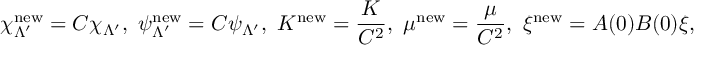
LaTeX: \chi _ { \Lambda ^ { \prime } } ^ { \mathrm { n e w } } = C \chi _ { \Lambda ^ { \prime } } , ~ \psi _ { \Lambda ^ { \prime } } ^ { \mathrm { n e w } } = C \psi _ { \Lambda ^ { \prime } } , ~ K ^ { \mathrm { n e w } } = \frac { K } { C ^ { 2 } } , ~ \mu ^ { \mathrm { n e w } } = \frac { \mu } { C ^ { 2 } } , ~ \xi ^ { \mathrm { n e w } } = A ( 0 ) B ( 0 ) \xi ,